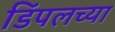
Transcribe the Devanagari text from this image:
डिंपलच्या